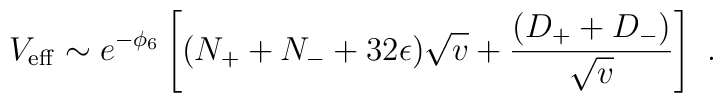
V_{{\rm eff}} \sim e^{-\phi_6} \left[ (N_+ + N_- + 32\epsilon ) \sqrt{v} + \frac{(D_+ +D_-)}{\sqrt{v}} \right] \ .